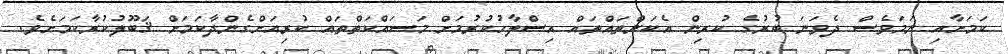
ކަމަށާއި ނަމަވެސް ދެވަނަ ބުރުގެ ކުރިން އެކަންތައްތައް އިސްލާހުކުރުމަށް މަސައްކަތްތައް ކުރިއަށްގެންދާކަމަށް ޤަބޫލުކުރާކަމަށެވެ.